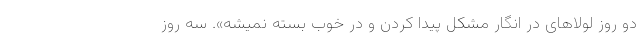
دو روز لولاهای در انگار مشکل پیدا کردن و در خوب بسته نمیشه». سه روز